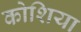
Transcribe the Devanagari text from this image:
कोशिया